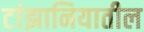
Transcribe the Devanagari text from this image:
टांझानियातील